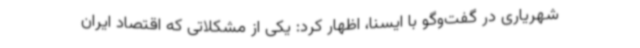
شهریاری در گفت‌وگو با ایسنا، اظهار کرد: یکی از مشکلاتی که اقتصاد ایران